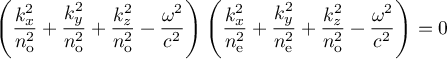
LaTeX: \left( { \frac { k _ { x } ^ { 2 } } { n _ { \mathrm { o } } ^ { 2 } } } + { \frac { k _ { y } ^ { 2 } } { n _ { \mathrm { o } } ^ { 2 } } } + { \frac { k _ { z } ^ { 2 } } { n _ { \mathrm { o } } ^ { 2 } } } - { \frac { \omega ^ { 2 } } { c ^ { 2 } } } \right) \left( { \frac { k _ { x } ^ { 2 } } { n _ { \mathrm { e } } ^ { 2 } } } + { \frac { k _ { y } ^ { 2 } } { n _ { \mathrm { e } } ^ { 2 } } } + { \frac { k _ { z } ^ { 2 } } { n _ { \mathrm { o } } ^ { 2 } } } - { \frac { \omega ^ { 2 } } { c ^ { 2 } } } \right) = 0